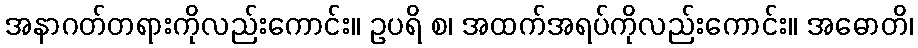
အနာဂတ်တရားကိုလည်းကောင်း။ ဥပရိ စ၊ အထက်အရပ်ကိုလည်းကောင်း။ အဓောတိ၊